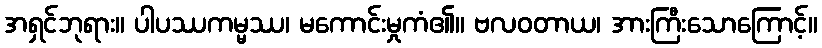
အရှင်ဘုရား။ ပါပဿကမ္မဿ၊ မကောင်းမှုကံ၏။ ဗလဝတာယ၊ အားကြီးသောကြောင့်။